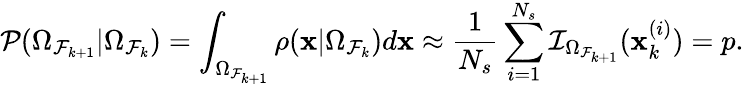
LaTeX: \mathcal{P}(\Omega_{\mathcal{F}_{k+1}}|\Omega_{\mathcal{F}_{k}})=\int_{\Omega_{\mathcal{F}_{k+1}}}\rho(\mathbf{x}|\Omega_{\mathcal{F}_{k}})d\mathbf{x}\approx\frac{1}{N_{s}}\sum_{i=1}^{N_{s}}\mathcal{I}_{\Omega_{\mathcal{F}_{k+1}}}(\mathbf{x}_{k}^{(i)})=p.